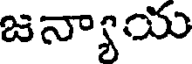
జన్యాయ